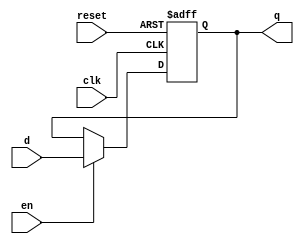
//Modulo para probar el Accumulador, Fetch, Outputs y Flags
module ffd(input clk, input reset, input en, input d, output reg q); //se construyo un FFD de un bit

  always @ (posedge clk, posedge reset)
  if (reset) q <= 1'b0;
  else if (en == 1) q <= d;

endmodule

module ffd2(input clk, reset, en, input [1:0] d, output [1:0] q);
  //con ese mismo FFD se construyo un FFD de 2 bits
  ffd a0(clk, reset, en, d[0], q[0]);
  ffd a1(clk, reset, en, d[1], q[1]);

endmodule

module ffd4(input clk, reset, en, input [3:0] d, output [3:0] q);
 //Luego se construyo un FFD de 4 bits con el mismo modulo inicial
  ffd a0(clk, reset, en, d[0], q[0]);
  ffd a1(clk, reset, en, d[1], q[1]);
  ffd a2(clk, reset, en, d[2], q[2]);
  ffd a3(clk, reset, en, d[3], q[3]);

endmodule

/*Esto se hizo con el objetivo de probar que los registros de FF funcionaran,
  aunque en el modulo final se prefirio simplemente expandir el bitwidth
  del primer modulo ffd para ser mas eficiente con las lineas de cdigo utilizadas
  en trabajo final*/